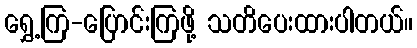
ရွှေ့ကြ-ပြောင်းကြဖို့ သတိပေးထားပါတယ်။